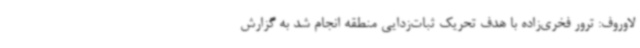
لاوروف: ترور فخری‌زاده با هدف تحریک ثبات‌زدایی منطقه انجام شد به گزارش